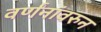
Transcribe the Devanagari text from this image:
वर्णनांवरुन